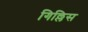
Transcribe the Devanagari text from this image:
गिल्लिस